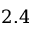
2 . 4